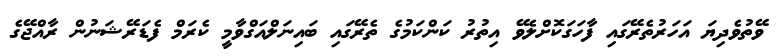
ވޭތުވެދިޔަ އަހަރުތެރޭގައި ފާހަގަކޮށްލެވޭ އިތުރު ކަންކަމުގެ ތެރޭގައި ބައިނަލްއަގްވާމީ ކެރަމް ފެޑަރޭޝަނުން ރާއްޖޭގެ